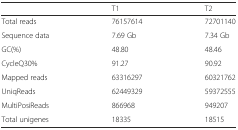
|  | T1 | T2 |
 | --- | --- | --- |
 | Total reads | 76157614 | 72701140 |
 | Sequence data | 7.69 Gb | 7.34 Gb |
 | GC(%) | 48.80 | 48.46 |
 | CycleQ30% | 91.27 | 90.92 |
 | Mapped reads | 63316297 | 60321762 |
 | UniqReads | 62449329 | 59372555 |
 | MultiPosiReads | 866968 | 949207 |
 | Total unigenes | 18335 | 18515 |